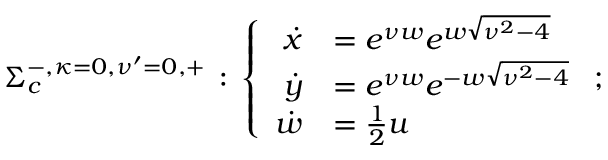
\begin{array} { r } { \Sigma _ { c } ^ { - , { \kappa = } 0 , { \nu ^ { \prime } = 0 } , + } \, : \, \left\{ \begin{array} { r l } { \dot { x } } & { = e ^ { \nu w } e ^ { w \sqrt { \nu ^ { 2 } - 4 } } } \\ { \dot { y } } & { = e ^ { \nu w } e ^ { - w \sqrt { \nu ^ { 2 } - 4 } } } \\ { \dot { w } } & { = \frac { 1 } { 2 } u } \end{array} \right. ; } \end{array}